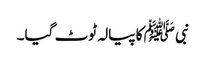
نبی ﷺ کا پیالہ ٹوٹ گیا۔